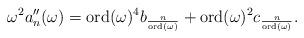
LaTeX: \begin{align*}\omega^2 a_n''(\omega) = \mathrm{ord}(\omega)^4 b_{\frac{n}{\mathrm{ord}(\omega)}} + \mathrm{ord}(\omega)^2 c_{\frac{n}{\mathrm{ord}(\omega)}}.\end{align*}